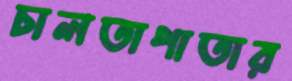
চালতাপাতার